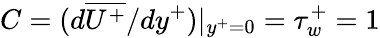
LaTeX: C=(d\overline{{U^{+}}}/{dy^{+}})|_{y^{+}=0}=\tau_{w}^{+}=1